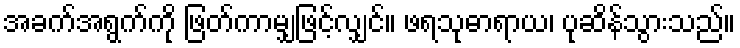
အခက်အရွက်ကို ဖြတ်ကာမျှဖြင့်လျှင်။ ဖရသုဓာရာယ၊ ပုဆိန်သွားသည်။